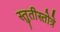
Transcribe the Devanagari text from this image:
स्तुतीस्तोत्रे